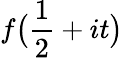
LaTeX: f{\bigl(}{\frac{1}{2}}+it{\bigr)}